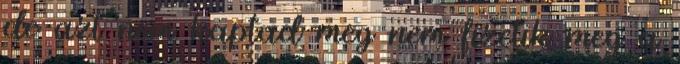
de azt nem kaptad meg nem fizetik meg a